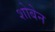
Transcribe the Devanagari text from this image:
शोबेन